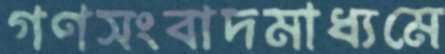
গণসংবাদমাধ্যমে